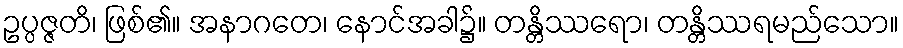
ဥပ္ပဇ္ဇတိ၊ ဖြစ်၏။ အနာဂတေ၊ နောင်အခါ၌။ တန္တိဿရော၊ တန္တိဿရမည်သော။